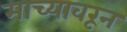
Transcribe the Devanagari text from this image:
माच्यावरून